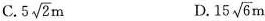
C. $$5 \sqrt { 2 } m$$ D.$$1 5 \sqrt { 6 } m$$